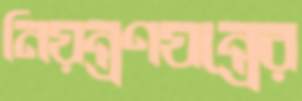
নিয়ন্ত্রণযন্ত্রের